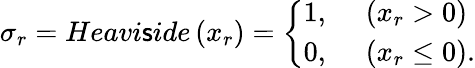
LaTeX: \sigma_{r}=Heavi\mathsf{s}ide\left(x_{r}\right)=\left\{ \begin{array}{ll}{1,}&{\ \left(x_{r}>0\right)}\\ {0,}&{\ \left(x_{r}\leq 0\right).}\end{array}\right.